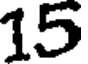
15